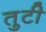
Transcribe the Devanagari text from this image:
तुटी